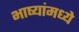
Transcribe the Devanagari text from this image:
भाष्यांमध्ये